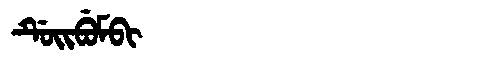
Manchu: ᡩᡠᡳᠪᡠᠮᠪᡳ
Romanization: DUIBUMBI